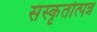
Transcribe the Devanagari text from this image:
संस्कृतोत्पन्न